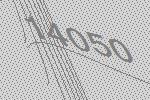
14050